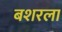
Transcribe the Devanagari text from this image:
बशरला